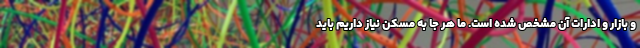
و بازار و ادارات آن مشخص شده است. ما هر جا به مسکن نیاز داریم باید